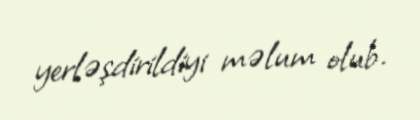
yerləşdirildiyi məlum olub.